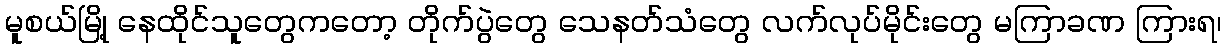
မူစယ်မြို့ နေထိုင်သူတွေကတော့ တိုက်ပွဲတွေ သေနတ်သံတွေ လက်လုပ်မိုင်းတွေ မကြာခဏ ကြားရ၊